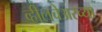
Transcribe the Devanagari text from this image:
व्हीलचेअरच्या